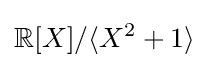
\mathbb {R} [X]/\langle X^{2}+1\rangle